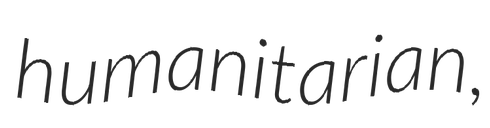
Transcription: humanitarian,